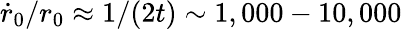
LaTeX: \dot{r}_{0}/r_{0}\approx 1/(2t)\sim 1,000-10,000